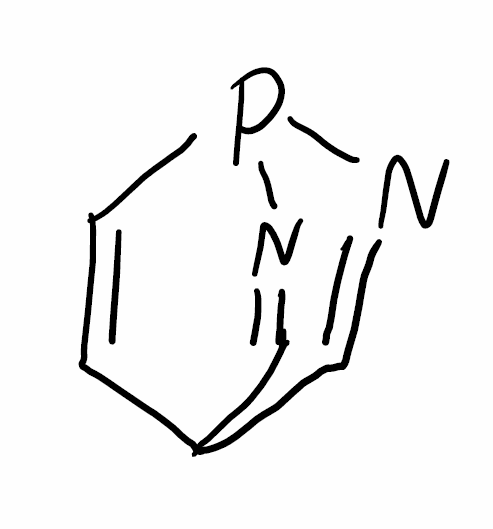
Simplified molecular-input line-entry system (SMILES) notation of the given molecule:
C1=CP2N=CC1C=N2